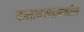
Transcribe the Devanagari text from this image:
वातावरणामधील